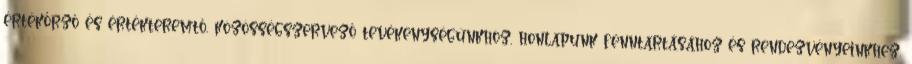
értékőrző és értékteremtő, közösségszervező tevékenységünkhöz, honlapunk fenntartásához és rendezvényeinkhez.